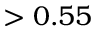
> 0 . 5 5